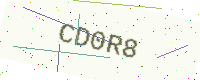
Text: CD0R8